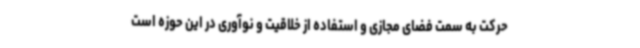
حرکت به سمت فضای مجازی و استفاده از خلاقیت و نوآوری در این حوزه است